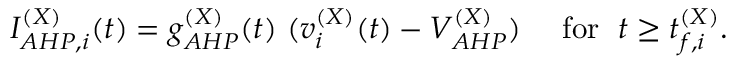
I _ { A H P , i } ^ { ( X ) } ( t ) = g _ { A H P } ^ { ( X ) } ( t ) ~ ( v _ { i } ^ { ( X ) } ( t ) - V _ { A H P } ^ { ( X ) } ) ~ ~ ~ \mathrm { ~ f o r ~ } \; t \ge t _ { f , i } ^ { ( X ) } .